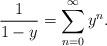
LaTeX: \begin{align*}\frac{1}{1-y} = \sum_{n=0}^\infty y^n.\end{align*}